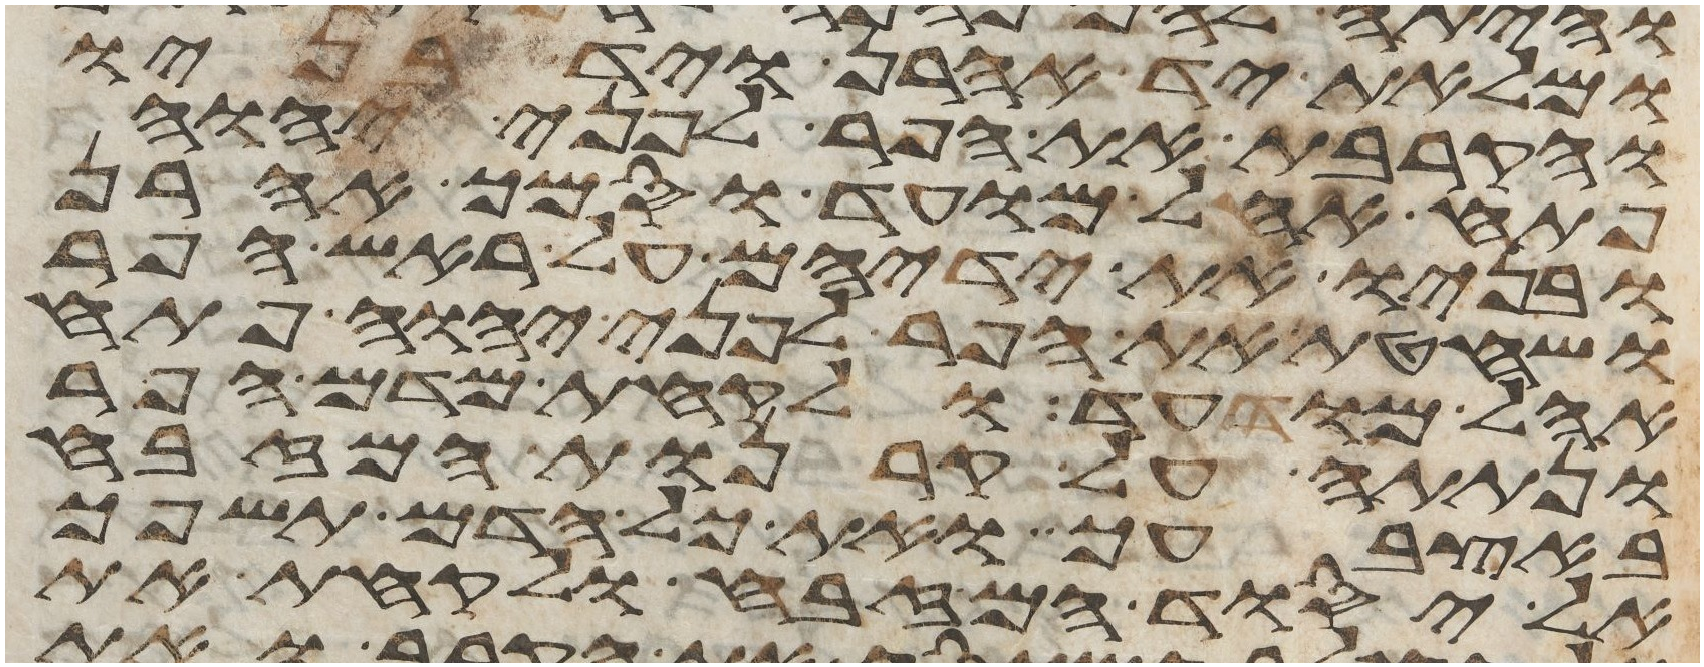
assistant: ומלאת יד אהרן ויד בניו
והקרבת את הפר לפני יהוה
פתח אהל מועד וסמך אהרן
ובניו את ידיהם על ראש הפר
ושחטת את הפר לפני יהוה פתח
אהל מועד ולקחת מדם הפר
ונתתה על קרנות המזבח
באצבעך ואת כל הדם תשפך
אל יסוד המזבח ולקחת את